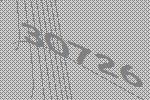
30726